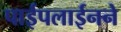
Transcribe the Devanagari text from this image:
पाईपलाईनने